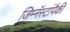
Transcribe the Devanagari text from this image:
जिम्नॅस्टांपैकी